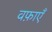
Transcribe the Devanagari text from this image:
वफ़ाएँ